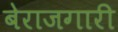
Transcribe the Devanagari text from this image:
बेराजगारी